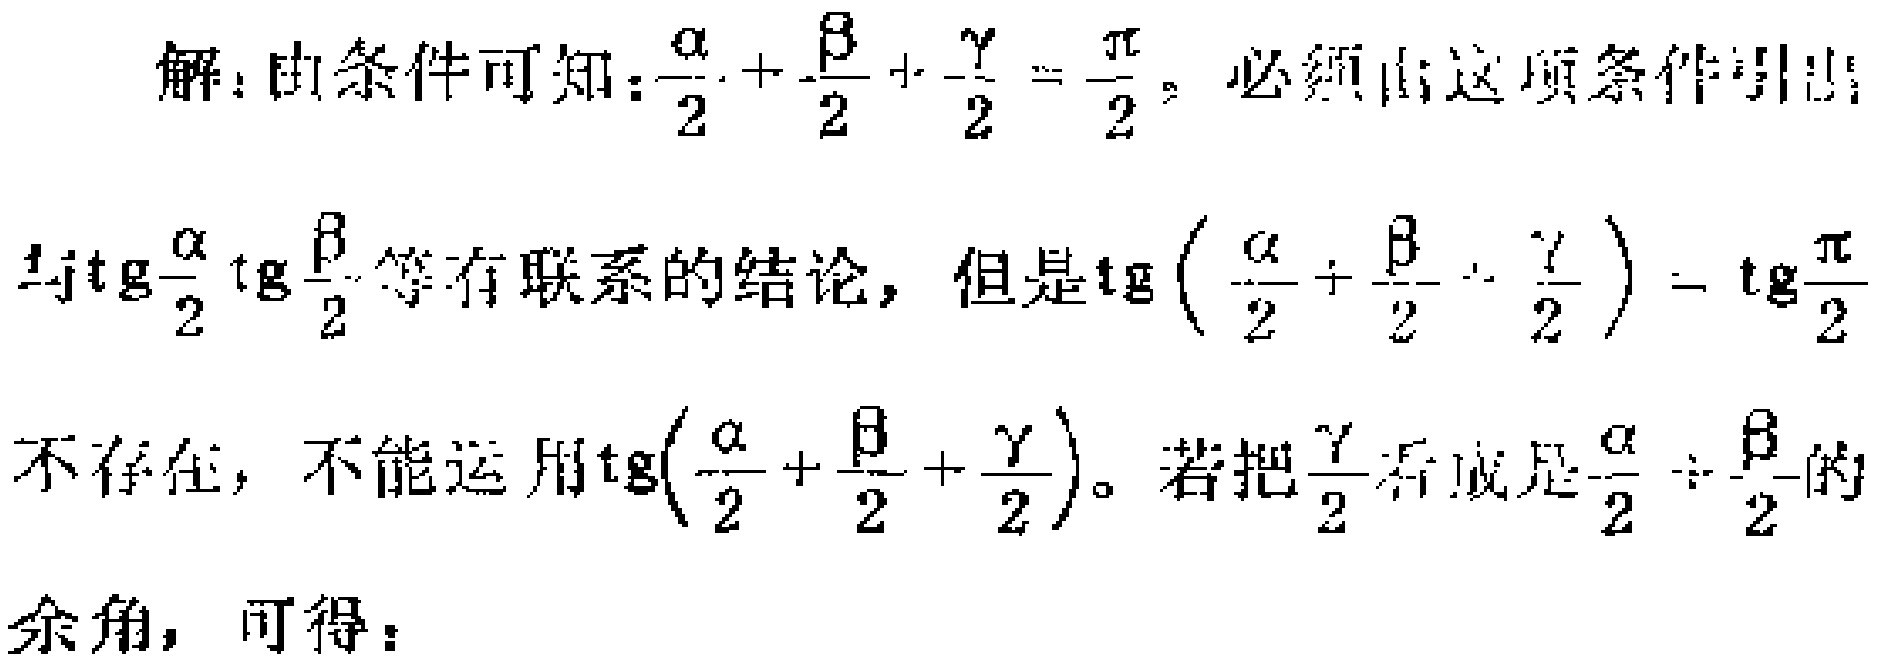
解：由条件可知：\(\frac{\alpha}{2}+\frac{\beta}{2}+\frac{\gamma}{2}=\frac{\pi}{2}\)。必须由这项条件引出与\(\mathrm{tg}\frac{\alpha}{2}\mathrm{tg}\frac{\beta}{2}\)等有联系的结论，但是\(\mathrm{tg}\left(\frac{\alpha}{2}+\frac{\beta}{2}+\frac{\gamma}{2}\right)=\mathrm{tg}\frac{\pi}{2}\)不存在，不能运用\(\mathrm{tg}\left(\frac{\alpha}{2}+\frac{\beta}{2}+\frac{\gamma}{2}\right)\)。若把\(\frac{\gamma}{2}\)看成是\(\frac{\alpha}{2}+\frac{\beta}{2}\)的余角，可得：